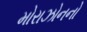
મોરાઝોનનો